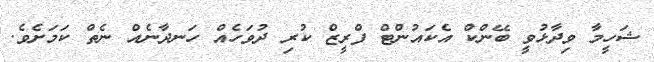
ޝަހީމާ ވިދާޅުވީ ބޭންކް އެކައުންޓް ފްރީޒް ކުރި ދުވަހެއް ހަނދާނެއް ނެތް ކަމަށެވެ.